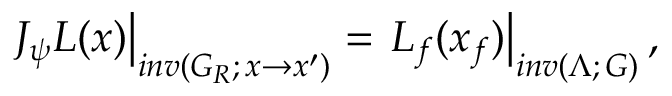
\left. J _ { \psi } L ( x ) \right| _ { i n v ( G _ { R } ; \, x \rightarrow x ^ { \prime } ) } = \left. L _ { f } ( x _ { f } ) \right| _ { i n v ( \Lambda ; \, G ) } ,